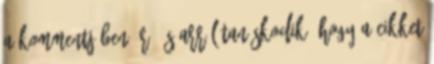
a kommentjében ír, és arról tanúskodik, hogy a cikket